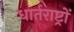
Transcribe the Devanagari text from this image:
धार्तराष्ट्रों